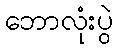
ဘောလုံးပွဲ